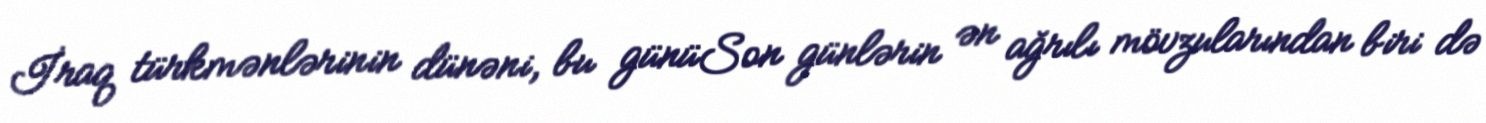
İraq türkmənlərinin dünəni, bu günüSon günlərin ən ağrılı mövzularından biri də